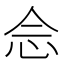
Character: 𫝹